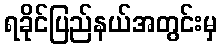
ရခိုင်ပြည်နယ်အတွင်းမှ